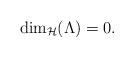
LaTeX: \begin{align*}\dim_{\mathcal{H}}(\Lambda)=0.\end{align*}